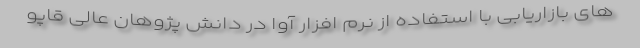
های بازاریابی با استفاده از نرم افزار آوا در دانش پژوهان عالی قاپو